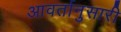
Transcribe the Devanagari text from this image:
आवर्तानुसारी